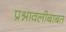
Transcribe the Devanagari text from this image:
प्रश्नावलीबाबत